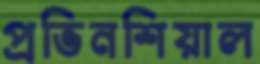
প্রভিনশিয়াল